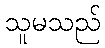
သူမသည်